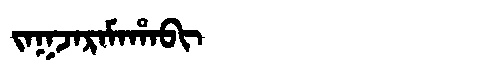
Manchu: ᠵᠠᡴᠵᠠᡵᠠᠮᠠᡥᠠᠪᡳ
Romanization: JAKJARAMAHABI